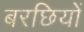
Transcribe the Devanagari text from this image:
बरछियों